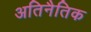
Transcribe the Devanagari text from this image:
अतिनैतिक